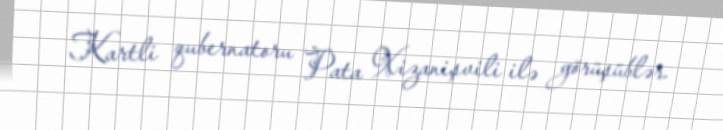
Kartli qubernatoru Pata Xizanişvili ilə görüşüblər.